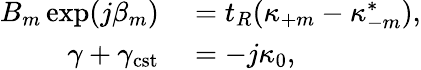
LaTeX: \begin{array}{rl}{B_{m}\exp({j\beta_{m}})}&{{}=t_{R}(\kappa_{+m}-\kappa_{-m}^{*}),}\\ {\gamma+\gamma_{\mathrm{cst}}}&{{}=-j\kappa_{0},}\end{array}